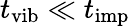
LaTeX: t_{\mathrm{vib}}\ll t_{\mathrm{imp}}